Plague in India, 1896, 1897 - Volume 3
Year: 1896
Disease focus: Plague
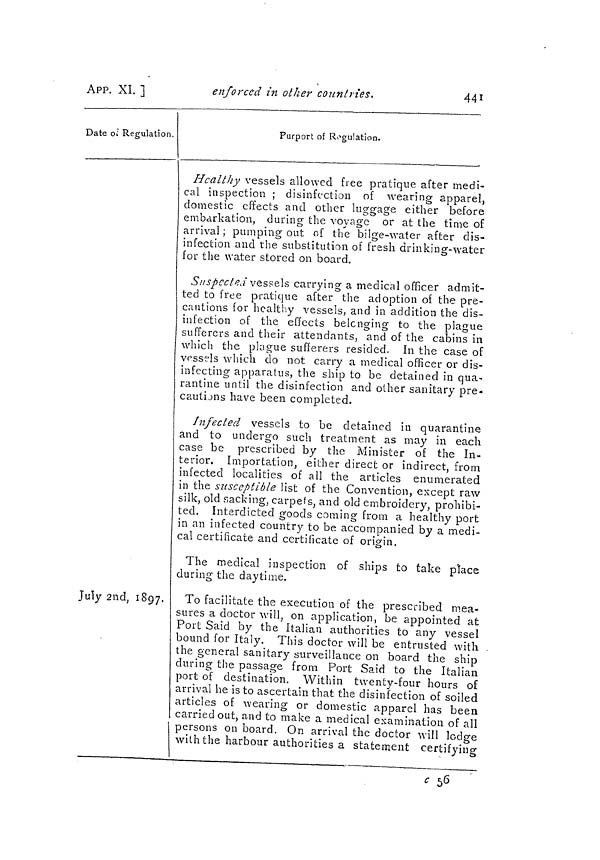
441
APP. XI. ]
enforced in other countries.
Date of Regulation
July 2nd, 1897.
Purport of Regulation.
Healthy vessels allowed free pratique after medi-
cal inspection ; disinfection of wearing apparel,
domestic effects and other luggage either before
embarkation, during the voyage or at the time of
arrival ; pumping out of the bilge-water after dis-
infection and the substitution of fresh drinking-water
for the water stored on board.
S uspected vessels carrying a medical officer admit-
ted to free pratique after the adoption oí the pre-
cautions for healthy vessels, and in addition the dis-
infection of the effects belonging to the plague
sufferers and their attendants, and of the cabins in
which the plague sufferers resided. In the case of
vessels which do not carry a medical officer or dis-
infecting apparatus, the ship to be detained in qua-
rantine until the disinfection and other sanitary pre-
cautions have been completed.
Infected vessels to be detained in quarantine
and to undergo such treatment as may in each
case be prescribed by the Minister of the In-
terior. Importation, either direct or indirect, from
infected localities of all the articles enumerated
in the susceptible list of the Convention, except raw
silk, old sacking, carpets, and old embroidery, prohibi-
ted. Interdicted goods coming from a healthy port
in an infected country to be accompanied by a medi-
cal certificate and certificate of origin.
The medical inspection of ships to take place
during the daytime.
To facilitate the execution of the prescribed mea-
sures a doctor will, on application, be appointed at
Port Said by the Italian authorities to any vessel
bound for Italy. This doctor will be entrusted with
the general sanitary surveillance on board the ship
during the passage from Port Said to the Italian
port of destination. Within twenty-four hours of
arrival he is to ascertain that the disinfection of soiled
articles of wearing or domestic apparel has been
carried out, and to make a medical examination of all
persons on board. On arrival the doctor will lodge
with the harbour authorities a statement certifying
c 56